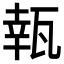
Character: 㼬